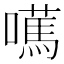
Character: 𡁣